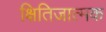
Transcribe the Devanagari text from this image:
क्षितिजात्मक